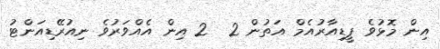
އިން މޮޅުވެ ޕީޑިއާރުއެމް އަތުން 2  2 އިން އެއްވަރުވެ ނިއުރޭޑިއަންޓު